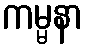
ကမ္မနာ